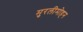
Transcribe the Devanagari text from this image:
मुरलीमोहन